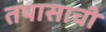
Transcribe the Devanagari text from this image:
तपासाची